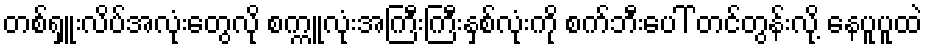
တစ်ရှူးလိပ်အလုံးတွေလို စက္ကူလုံးအကြီးကြီးနှစ်လုံးကို စက်ဘီးပေါ် တင်တွန်းလို့ နေပူပူထဲ